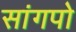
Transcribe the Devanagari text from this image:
सांगपो